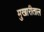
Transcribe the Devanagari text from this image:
मुखारीताल